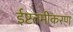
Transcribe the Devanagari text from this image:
ईष्टतमीकरण